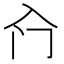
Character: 𱏱